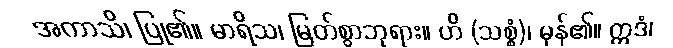
အကာသိ၊ ပြု၏။ မာရိသ၊ မြတ်စွာဘုရား။ ဟိ (သစ္စံ)၊ မှန်၏။ ဣဒံ၊